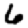
Digit: 6